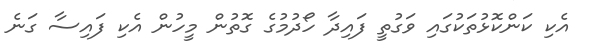
އެކި ކަންކޮޅުތަކުގައި ވަގުތީ ފައިދާ ހޯދުމުގެ ގޮތުން މީހުން އެކި ފައިސާ ގަނެ